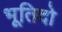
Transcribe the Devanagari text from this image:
भूतिदो